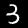
Label: 3